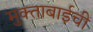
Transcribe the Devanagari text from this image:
मुक्ताबाईची